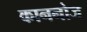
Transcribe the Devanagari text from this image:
काननोज